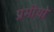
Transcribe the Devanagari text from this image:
प्रमीयो